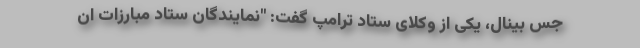
جس بینال، یکی از وکلای ستاد ترامپ گفت: "نمایندگان ستاد مبارزات ان